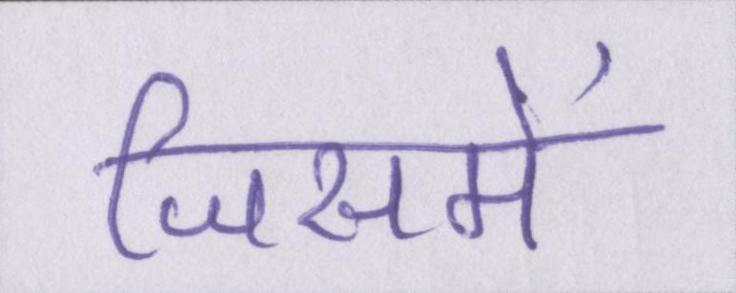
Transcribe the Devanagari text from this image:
जिसमें